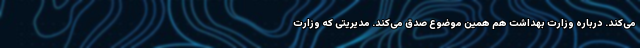
می‌کند. درباره وزارت بهداشت هم همین موضوع صدق می‌کند. مدیریتی که وزارت